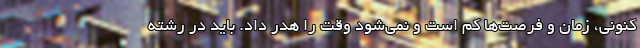
کنونی، زمان و فرصت‌ها کم است و نمی‌شود وقت را هدر داد. باید در رشته